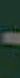
-